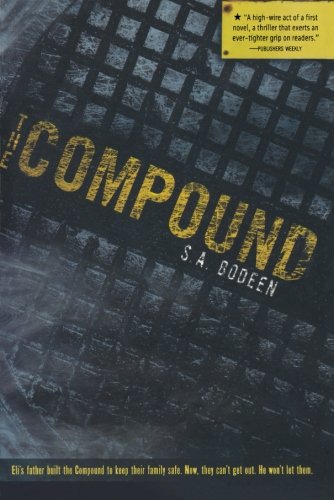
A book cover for The Compound; S. A. Bodeen; Teen & Young Adult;